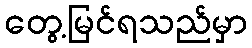
တွေ့မြင်ရသည်မှာ